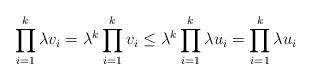
LaTeX: \begin{align*} \prod_{i=1}^k \lambda v_i = \lambda^k \prod_{i=1}^k v_i \leq \lambda^k \prod_{i=1}^k \lambda u_i = \prod_{i=1}^k \lambda u_i \end{align*}